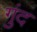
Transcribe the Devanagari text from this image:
गुंद